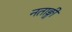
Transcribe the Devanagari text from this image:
नताङ्गी